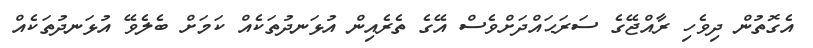
އެގޮތުން ދިވެހި ރާއްޖޭގެ ސަރަޙައްދަށްވެސް އޭގެ ތެރެއިން އުޅަނދުތަކެއް ކަމަށް ބެލެވޭ އުޅަނދުތަކެއް